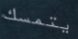
يتمسك